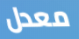
معدل